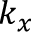
k _ { x }